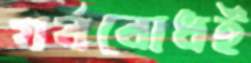
গর্ববোধই